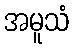
အမူသံ